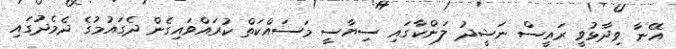
އޭނާ ވިދާޅުވީ ރައީސް ނަޝީދު ލަންކާގައި ސިޔާސީ މަސައްކަތް ކުރައްވައިގެން ދެގައުމުގެ ދެމެދުގައި